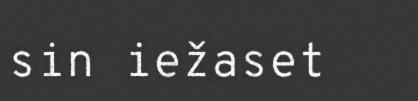
sin iežaset